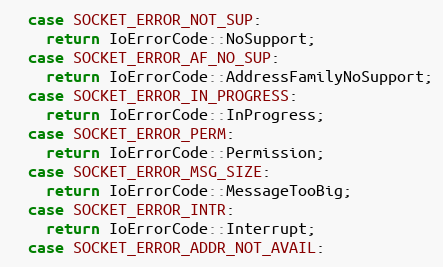
Language: C++
  case SOCKET_ERROR_NOT_SUP:
    return IoErrorCode::NoSupport;
  case SOCKET_ERROR_AF_NO_SUP:
    return IoErrorCode::AddressFamilyNoSupport;
  case SOCKET_ERROR_IN_PROGRESS:
    return IoErrorCode::InProgress;
  case SOCKET_ERROR_PERM:
    return IoErrorCode::Permission;
  case SOCKET_ERROR_MSG_SIZE:
    return IoErrorCode::MessageTooBig;
  case SOCKET_ERROR_INTR:
    return IoErrorCode::Interrupt;
  case SOCKET_ERROR_ADDR_NOT_AVAIL: